Civil Veterinary Department Bihar & Orissa reports 1922-29 - 1922-1929
Year: 1922
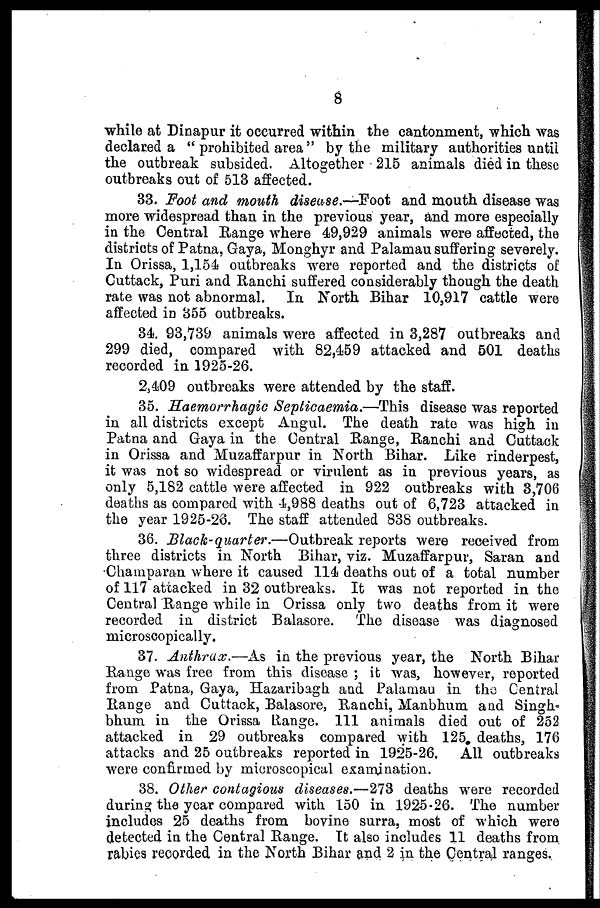
8
while at Dinapur it occurred within the cantonment, which was
declared a " prohibited area " by the military authorities until
the outbreak subsided. Altogether 215 animals died in these
outbreaks out of 513 affected.
33. Foot and mouth disease.—-Foot and mouth disease was
more widespread than in the previous year, and more especially
in the Central Range where 49,929 animals were affected, the
districts of Patna, Gaya, Monghyr and Palamau suffering severely.
In Orissa, 1,154 outbreaks were reported and the districts of
Cuttack, Puri and Ranchi suffered considerably though the death
rate was not abnormal. In North Bihar 10,917 cattle were
affected in 355 outbreaks.
34. 93,739 animals were affected in 3,287 outbreaks and
299 died, compared with 82,459 attacked and 501 deaths
recorded in 1925-26.
2,409 outbreaks were attended by the staff.
35. Haemorrhagic Septicaemia.—This
disease was reported
in all districts except Angul. The death rate was high in
Patna and Gaya in the Central Range, Ranchi and Cuttack
in Orissa and Muzaffarpur in North Bihar. Like rinderpest,
it was not so widespread or virulent as in previous years, as
only 5,182 cattle were affected in 922 outbreaks with 3,706
deaths as compared with 4,988 deaths out of 6,723 attacked in
the year 1925-26. The staff attended 838 outbreaks.
36. Black-quarter.—Outbreak
reports were received from
three districts in North Bihar, viz. Muzaffarpur, Saran and
Champaran where it caused 114 deaths out of a total number
of 117 attacked in 32 outbreaks. It was not reported in the
Central Range while in Orissa only two deaths from it were
recorded in district Balasore. The disease was diagnosed
microscopically.
37. Anthrax.—As
in the previous year, the North Bihar
Range was free from this disease ; it was, however, reported
from Patna, Gaya, Hazaribagh and Palamau in the Central
Range and Cuttack, Balasore, Ranchi, Manbhum and Singh-
bhum in the Orissa Range. 111 animals died out of 252
attacked in 29 outbreaks compared with 125 deaths, 176
attacks and 25 outbreaks reported in 1925-26. All outbreaks
were confirmed by microscopical examination.
38. Other contagious diseases.—273 deaths were recorded
during the year compared with 150 in 1925-26. The number
includes 25 deaths from bovine surra, most of which were
detected in the Central Range. It also includes 11 deaths from
rabies recorded in the North Bihar and 2 in the Central ranges.